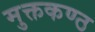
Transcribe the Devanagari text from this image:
मुक्तकण्ठ